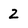
Character: 2